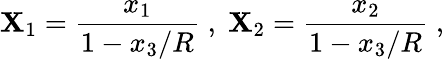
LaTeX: \mathbf{X}_{1}=\frac{{x_{1}}}{{1-x_{3}/R}}\; ,\; \mathbf{X}_{2}=\frac{{x_{2}}}{{1-x_{3}/R}}\; ,